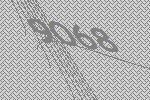
9068